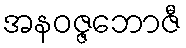
အနဝဇ္ဇဘောဇီ